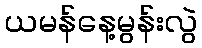
ယမန်နေ့မွန်းလွဲ